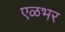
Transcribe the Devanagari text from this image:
एळभर